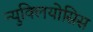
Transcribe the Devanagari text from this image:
न्युक्लियोसिस